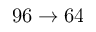
9 6 \to 6 4